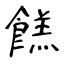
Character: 餻